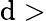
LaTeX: \mathrm{d}>